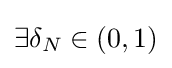
\exists \delta _{N}\in (0,1)